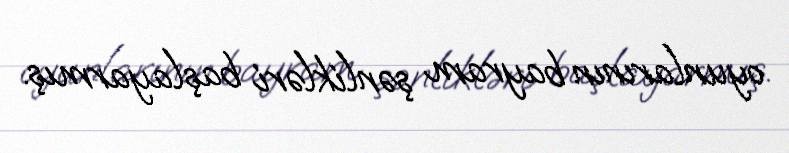
oyunlarının bayram şənlikləri başlayarmış.